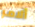
ألامر